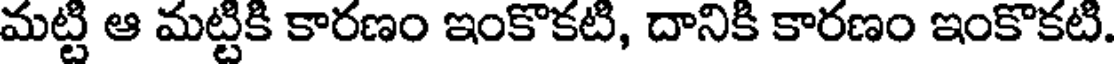
మట్టి ఆ మట్టికి కారణం ఇంకొకటి, దానికి కారణం ఇంకొకటి.